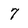
Character: 7